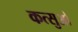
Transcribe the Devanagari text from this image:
कत्सुओ